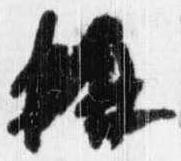
称